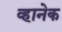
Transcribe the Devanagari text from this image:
व्हानेक